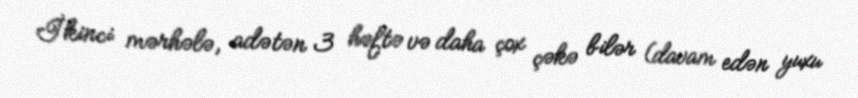
İkinci mərhələ, adətən 3 həftə və daha çox çəkə bilər (davam edən yuxu